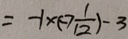
= - 1 \times ( - 7 \frac { 1 } { 1 2 } ) - 3